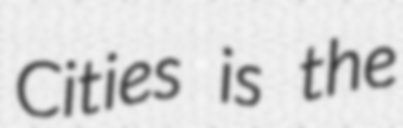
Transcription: Cities is the